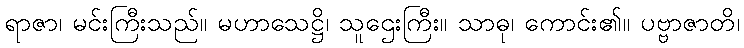
ရာဇာ၊ မင်းကြီးသည်။ မဟာသေဋ္ဌိ၊ သူဌေးကြီး။ သာဓု၊ ကောင်း၏။ ပဗ္ဗာဇာတိ၊